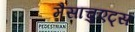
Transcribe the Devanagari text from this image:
मैसाचुएट्स